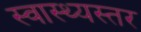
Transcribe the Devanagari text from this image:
स्वास्थ्यस्तर